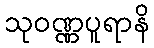
သုဝဏ္ဏပူရာနိ